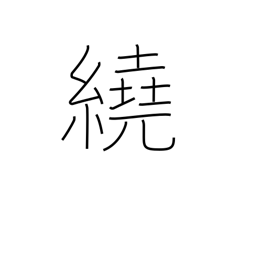
Meaning: surround